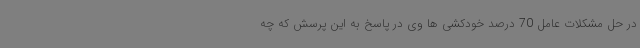
در حل مشکلات عامل 70 درصد خودکشی ها وی در پاسخ به این پرسش که چه